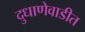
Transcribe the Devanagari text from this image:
दुधाणेवाडीत